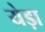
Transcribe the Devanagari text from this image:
येड़ा